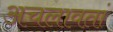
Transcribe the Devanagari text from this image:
अचलावतां